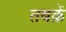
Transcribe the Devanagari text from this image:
तबक़ें